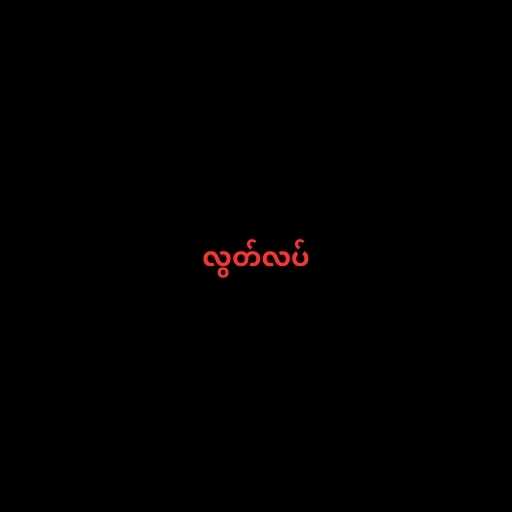
လွတ်လပ်